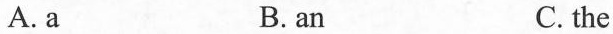
A.a B. an C. the